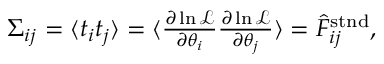
\begin{array} { r } { \Sigma _ { i j } = \langle t _ { i } t _ { j } \rangle = \langle \frac { \partial \ln \mathcal { L } } { \partial \theta _ { i } } \frac { \partial \ln \mathcal { L } } { \partial \theta _ { j } } \rangle = \hat { F } _ { i j } ^ { \mathrm { s t n d } } , } \end{array}